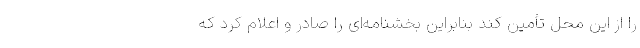
را از این محل تأمین کند بنابراین بخشنامه‌ای را صادر و اعلام کرد که